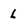
Character: l